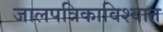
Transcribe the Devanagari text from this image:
जालपत्रिकाविश्वात